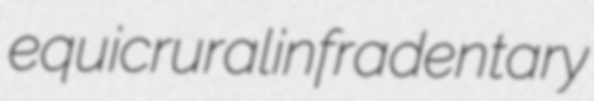
equicrural infradentary